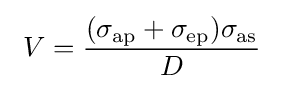
~V={\frac {(\sigma _{\rm {ap}}+\sigma _{\rm {ep}})\sigma _{\rm {as}}}{D}}~